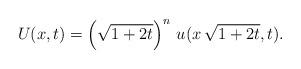
LaTeX: \begin{align*} U(x,t) = \left(\sqrt{1+2t}\right)^n\, u(x\, \sqrt{1+2t}, t).\end{align*}